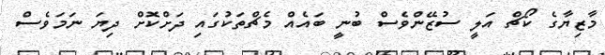
މާޒިޔާގެ ކޯޗް އަލީ ސުޒޭންވެސް ބުނީ ބައެއް މެޗްތަކުގައި ދަށްކޮށް ދިޔަ ނަމަވެސް